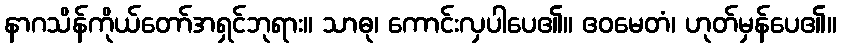
နာဂသိန်ကိုယ်တော်အရှင်ဘုရား။ သာဓု၊ ကောင်းလှပါပေ၏။ ဧဝမေတံ၊ ဟုတ်မှန်ပေ၏။